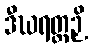
ဒီဃရတ္တဉှိ